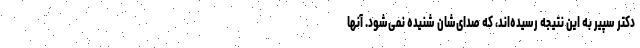
دکتر سپیر به این نتیجه رسیده‌اند، که صدای‌شان شنیده نمی‌شود. آنها